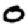
Digit: 0